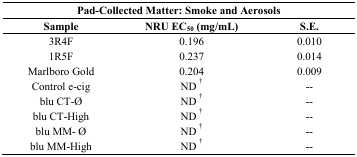
| <COLSPAN=3> Pad-Collected Matter: Smoke and Aerosols |
 | Sample | NRU EC50 (mg/mL) | S.E. |
 | --- | --- | --- |
 | 3R4F | 0.196 | 0.010 |
 | 1R5F | 0.237 | 0.014 |
 | Marlboro Gold | 0.204 | 0.009 |
 | Control e-cig | ND † | -- |
 | blu CT-Ø | ND † | -- |
 | blu CT-High | ND † | -- |
 | blu MM- Ø | ND † | -- |
 | blu MM-High | ND † | -- |